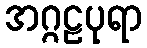
အဂ္ဂဠပုရာ